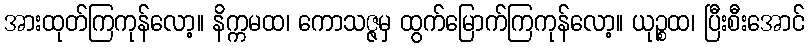
အားထုတ်ကြကုန်လော့။ နိက္ကမထ၊ ကောသဇ္ဇမှ ထွက်မြောက်ကြကုန်လော့။ ယုဉ္စထ၊ ပြီးစီးအောင်